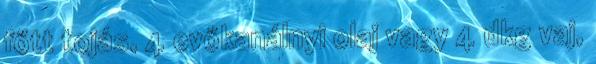
főtt tojás, 4 evőkanálnyi olaj vagy 4 dkg vaj,